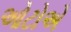
ઓટોએ